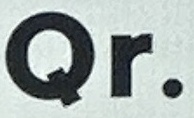
Qr.